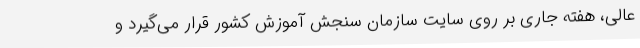
عالی، هفته جاری بر روی سایت سازمان سنجش آموزش کشور قرار می‌گیرد و